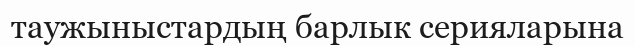
таужыныстардың барлык серияларына